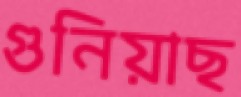
গুনিয়াছ